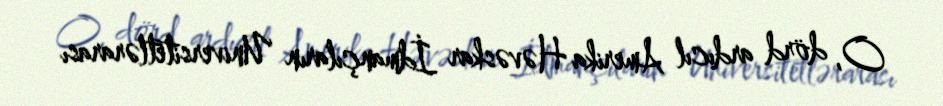
O, dörd ardıcıl Amerika Həvəskar İdmançıların Universitetlərarası